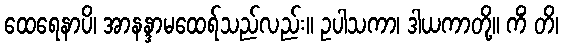
ထေရေနာပိ၊ အာနန္ဒာမထေရ်သည်လည်း။ ဥပါသကာ၊ ဒါယကာတို့။ ကိံ တိ၊